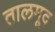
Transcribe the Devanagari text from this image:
तालमूद